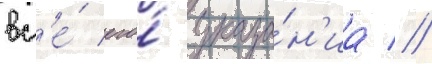
вс'е́ его́ указа́н'иа //